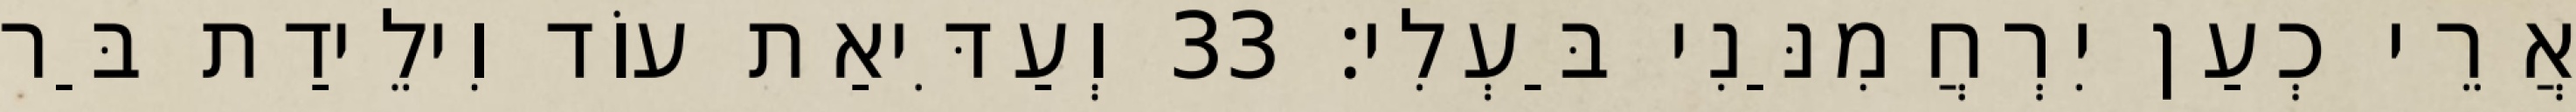
אֲרֵי כְעַן יִרְחֲמִנַּנִי בַּעְלִי׃ 33 וְעַדִּיאַת עוֹד וִילֵידַת בַּר